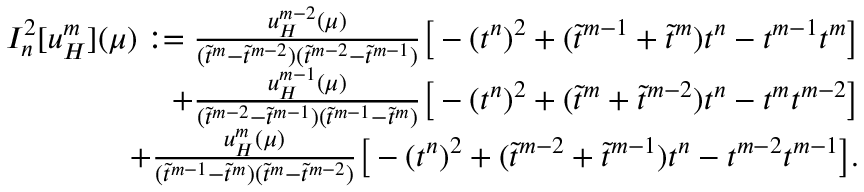
\begin{array} { r } { I _ { n } ^ { 2 } [ u _ { H } ^ { m } ] ( \mu ) : = \frac { u _ { H } ^ { m - 2 } ( \mu ) } { ( \widetilde { t } ^ { m } - \widetilde { t } ^ { m - 2 } ) ( \widetilde { t } ^ { m - 2 } - \widetilde { t } ^ { m - 1 } ) } \big [ - ( t ^ { n } ) ^ { 2 } + ( \widetilde { t } ^ { m - 1 } + \widetilde { t } ^ { m } ) t ^ { n } - t ^ { m - 1 } t ^ { m } \big ] } \\ { + \frac { u _ { H } ^ { m - 1 } ( \mu ) } { ( \widetilde { t } ^ { m - 2 } - \widetilde { t } ^ { m - 1 } ) ( \widetilde { t } ^ { m - 1 } - \widetilde { t } ^ { m } ) } \big [ - ( t ^ { n } ) ^ { 2 } + ( \widetilde { t } ^ { m } + \widetilde { t } ^ { m - 2 } ) t ^ { n } - t ^ { m } t ^ { m - 2 } \big ] } \\ { + \frac { u _ { H } ^ { m } ( \mu ) } { ( \widetilde { t } ^ { m - 1 } - \widetilde { t } ^ { m } ) ( \widetilde { t } ^ { m } - \widetilde { t } ^ { m - 2 } ) } \big [ - ( t ^ { n } ) ^ { 2 } + ( \widetilde { t } ^ { m - 2 } + \widetilde { t } ^ { m - 1 } ) t ^ { n } - t ^ { m - 2 } t ^ { m - 1 } \big ] . } \end{array}